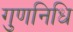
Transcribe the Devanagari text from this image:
गुणनिधि